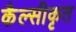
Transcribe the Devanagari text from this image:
कैल्सीकृत